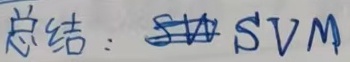
总结：SVM